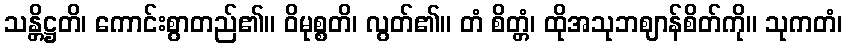
သန္တိဋ္ဌတိ၊ ကောင်းစွာတည်၏။ ဝိမုစ္စတိ၊ လွတ်၏။ တံ စိတ္တံ၊ ထိုအသုဘဈာန်စိတ်ကို။ သုကတံ၊